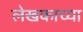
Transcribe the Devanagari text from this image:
लेखकाच्‍या